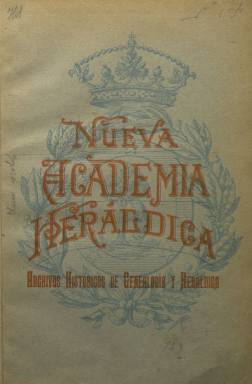
Título: Nueva academia heráldica
Colección: Heráldica
Ámbito geográfico: Madrid
Lugar de publicación: Madrid
Fechas: 01/03/1913-29/02/1924

Esta publicación es continuación de Academia Heráldica, revista conservada también en la BNE cuyo último número de la colección corresponde a diciembre de 1910 pero que probablemente se extendió hasta la aparición de la nueva en 1913. Su director es el dibujante Julio de Yepes y Rosales, que también era director artístico de la anterior, y el administrador Mariano Gil de Balenchana, igualmente administrador y gerente de la primera.

  La Nueva Academia Heráldica, de periodicidad bimestral, lógicamente también está dedicada a la investigación de la genealogía, escudos de armas y blasones como disciplinas auxiliares de la Historia. Sus páginas están ilustradas con dibujos además de fotografías de personajes y de edificios singulares como castillos o iglesias.

  En su segundo número, de mayo de 1913, la revista publica una foto del rey Alfonso XIII y muestra su enérgica repulsa por el atentado que había sufrido el monarca el mes anterior, cuando un anarquista disparó sobre él y mató al caballo que montaba en plena calle de Alcalá.

  Una de las secciones fijas de la publicación era la descripción de los escudos de armas de los apellidos españoles. Otra, al final de cada número, la constituía una relación de revistas de la misma temática, genealogía y heráldica, que se publicaban en España y en el extranjero, así como libros sobre la materia.

  La publicación había empezado a editarse con 20 páginas, pero fue aumentando su paginación a medida que pasaban los años, incluyendo cada vez más ilustraciones. El número de mayo 1916 dedicó su portada al elogio fúnebre del genealogista y académico Francisco Fernández de Bethencourt, muerto el mes anterior y del que los editores de la revista se consideraban discípulos. ‘Las coronas, las águilas, los leones y los castillos, luto intenso vestirán por el que supo colocarles, dignificándoles, en el elevado pedestal de la Heráldica y la Genealogía históricas’, se dice en este rendido homenaje.

La revista se hacía publicidad señalando que sus archivos eran únicos en España y contaban con más de dos millones de fichas de referencia para realizar toda clase de trabajos históricos de Genealogía y Heráldica. La redacción se encargaba también del estudio, formación y tramitación de toda clase de expedientes para el ingreso en Ordenes militares y en los Cuerpos nobles que exigían para su ingreso dichos expedientes, así como también de la busca de escudos debidamente comprobados y de toda clase de asuntos nobiliarios.

  En el último número de la revista que posee la BNE, correspondiente a enero/febrero de 1924, los editores expresan su deseo de estrechar lazos con Hispanoamérica e informan de que bibliotecas oficiales de varios países se habían suscrito a la publicación.

[Descripción publicada el 17/08/2022]